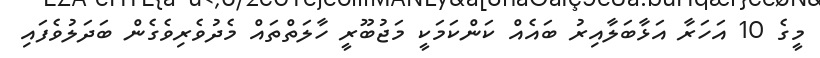
މީގެ 10 އަހަރާ އަޅާބަލާއިރު ބައެއް ކަންކަމަކީ މަޖުބޫރީ ހާލަތްތައް މެދުވެރިވެގެން ބަދަލުވެފައި